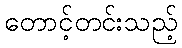
တောင့်တင်းသည့်